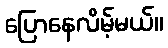
ပြောနေလိမ့်မယ်။